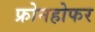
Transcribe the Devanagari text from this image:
फ्रोनहोफर